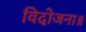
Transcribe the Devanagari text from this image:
विदोजना॥